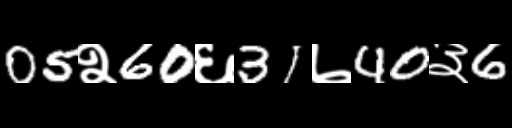
Text: 05२60६31७40३6